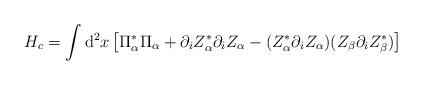
LaTeX: \begin{align*}H_c=\int{\rm d}^{2}x\left[\Pi_{\alpha}^{*}\Pi_{\alpha} + \partial_{i}Z_{\alpha}^{*}\partial_{i}Z_{\alpha}-(Z_{\alpha}^{*}\partial_{i}Z_{\alpha})(Z_{\beta}\partial_{i}Z_{\beta}^{*})\right] \end{align*}